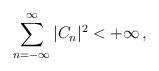
LaTeX: \begin{align*}\sum_{n=-\infty}^{\infty}|C_n|^2<+\infty\,,\end{align*}